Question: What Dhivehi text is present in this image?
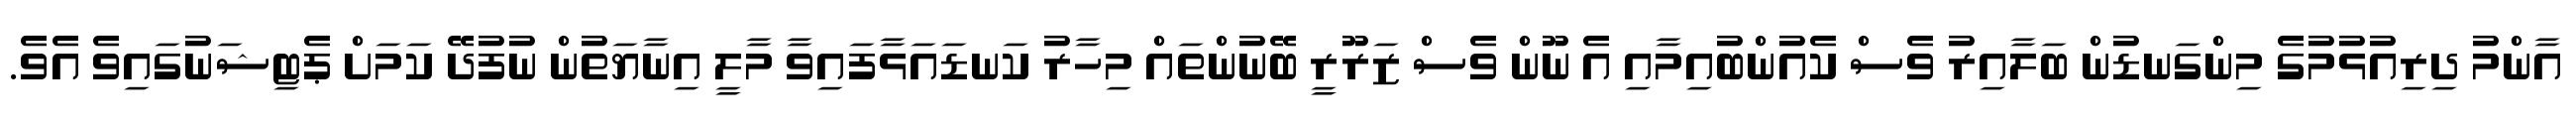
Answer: އާންމު ދިރިއުޅުމުގެ މިންގަނޑުން ބަލާއިރު ވެސް ކެއުންބުއިމާއި އެ ނޫން ވެސް ޒަރޫރީ ބޭނުންތައް މިހާރު ކަނޑައަޅާފައިވާ މާލީ އިނާޔަތުން ނުފުދޭ ކަމަށް ޕެޓިޝަނުގައިވެ އެވެ.